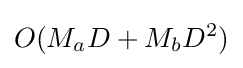
O(M_{a}D+M_{b}D^{2})